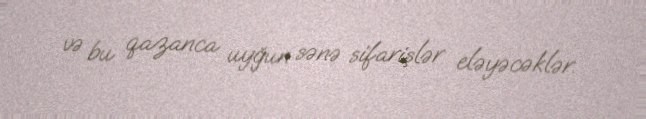
və bu qazanca uyğun sənə sifarişlər eləyəcəklər.